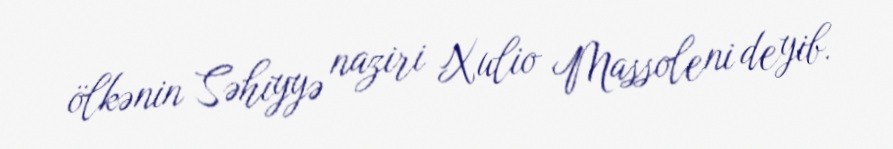
ölkənin Səhiyyə naziri Xulio Massoleni deyib.